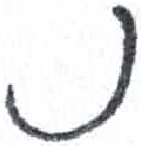
אות: נ